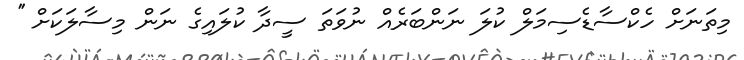
މިތަނަށް ހެކްސާޑެސިމަލް ކުލަ ނަންބަރެއް ނުވަތަ ސީދާ ކުލައިގެ ނަން މިސާލަކަށް ''